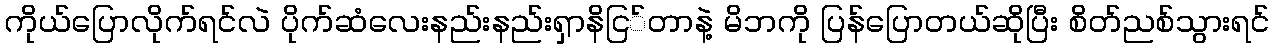
ကိုယ်ပြောလိုက်ရင်လဲ ပိုက်ဆံလေးနည်းနည်းရှာနိငြ်တာနဲ့ မိဘကို ပြန်ပြောတယ်ဆိုပြီး စိတ်ညစ်သွားရင်